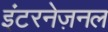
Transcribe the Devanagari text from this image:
इंटरनेज़नल